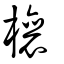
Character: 欀